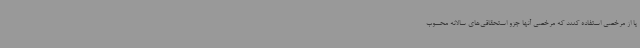
یا از مرخصی استفاده کنند که مرخصی آنها جزو استحقاقی‌های سالانه محسوب